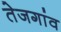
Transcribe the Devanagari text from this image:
तेजगांव